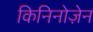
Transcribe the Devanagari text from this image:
किनिनोज़ेन